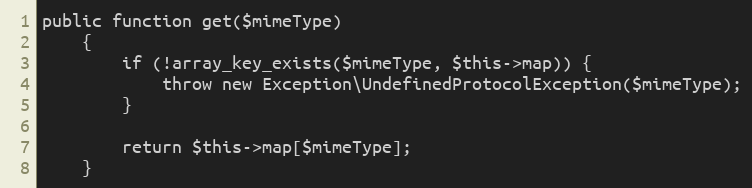
Language: PHP
public function get($mimeType)
    {
        if (!array_key_exists($mimeType, $this->map)) {
            throw new Exception\UndefinedProtocolException($mimeType);
        }

        return $this->map[$mimeType];
    }